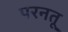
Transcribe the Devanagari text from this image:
परनतू